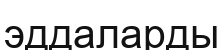
эддаларды